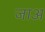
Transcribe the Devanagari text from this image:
जाअ